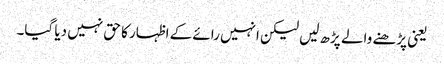
یعنی پڑھنے والے پڑھ لیں لیکن انہیں رائے کے اظہار کا حق نہیں دیا گیا۔